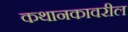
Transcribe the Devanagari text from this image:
कथानकावरील